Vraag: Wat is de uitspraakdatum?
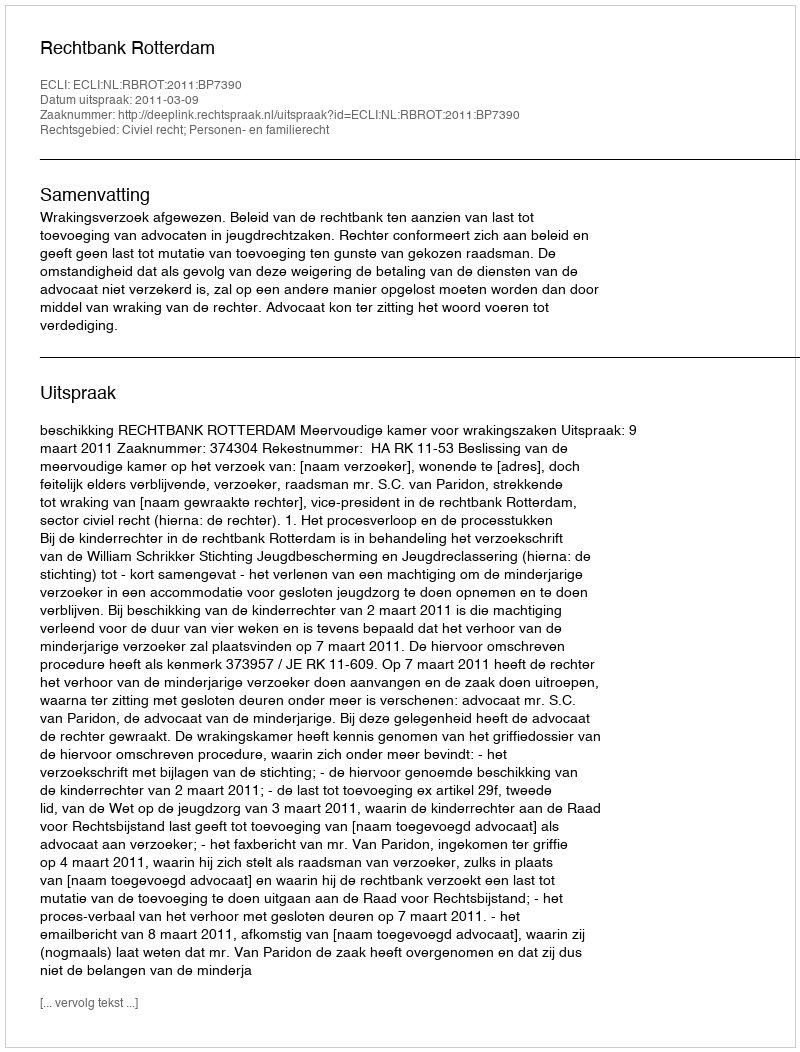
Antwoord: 2011-03-09